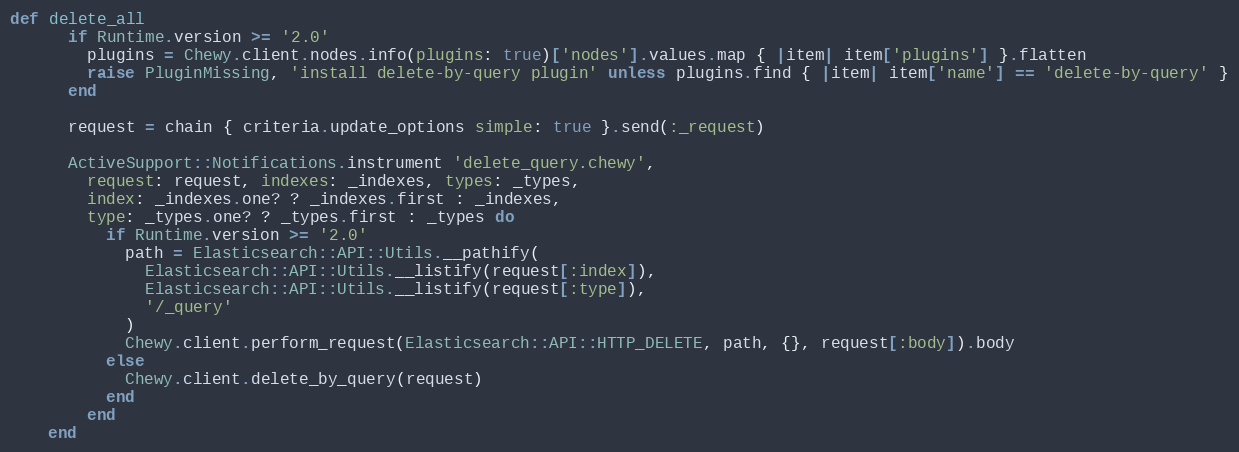
Language: Ruby
def delete_all
      if Runtime.version >= '2.0'
        plugins = Chewy.client.nodes.info(plugins: true)['nodes'].values.map { |item| item['plugins'] }.flatten
        raise PluginMissing, 'install delete-by-query plugin' unless plugins.find { |item| item['name'] == 'delete-by-query' }
      end

      request = chain { criteria.update_options simple: true }.send(:_request)

      ActiveSupport::Notifications.instrument 'delete_query.chewy',
        request: request, indexes: _indexes, types: _types,
        index: _indexes.one? ? _indexes.first : _indexes,
        type: _types.one? ? _types.first : _types do
          if Runtime.version >= '2.0'
            path = Elasticsearch::API::Utils.__pathify(
              Elasticsearch::API::Utils.__listify(request[:index]),
              Elasticsearch::API::Utils.__listify(request[:type]),
              '/_query'
            )
            Chewy.client.perform_request(Elasticsearch::API::HTTP_DELETE, path, {}, request[:body]).body
          else
            Chewy.client.delete_by_query(request)
          end
        end
    end